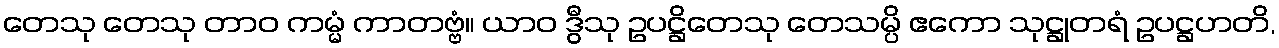
တေသု တေသု တာဝ ကမ္မံ ကာတဗ္ဗံ။ ယာဝ ဒွီသု ဥပဋ္ဌိတေသု တေသမ္ပိ ဧကော သုဋ္ဌုတရံ ဥပဋ္ဌဟတိ,